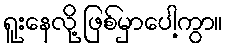
ရူးနေလို့ ဖြစ်မှာပေါ့ကွာ။